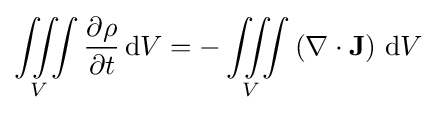
{\iiint \limits _{V}{\partial \rho  \over \partial t}\,\mathrm {d} V}={-\iiint \limits _{V}\left(\nabla \cdot \mathbf {J} \right)\,\mathrm {d} V}